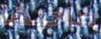
صاحبها